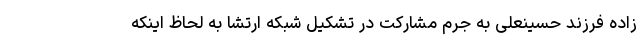
زاده فرزند حسینعلی به جرم مشارکت در تشکیل شبکه ارتشا به لحاظ اینکه